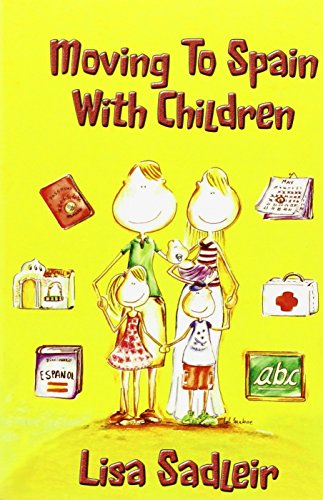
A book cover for Moving To Spain With Children; Lisa Sadleir; Travel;